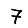
Digit: 7